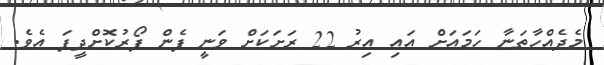
މެދެއްހާތަނާ ހަމައަށް އައި އިރު 22 ރަށަކަށް ވަނީ ފެން ފޯރުކޮށްދީފަ އެވެ.